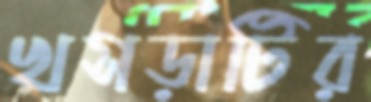
খসড়াটির